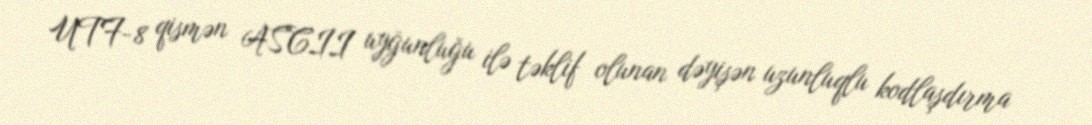
UTF-8 qismən ASCII uyğunluğu ilə təklif olunan dəyişən uzunluqlu kodlaşdırma